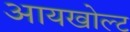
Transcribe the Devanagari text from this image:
आयखोल्ट